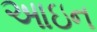
આઇન